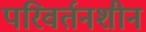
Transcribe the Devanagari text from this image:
परिवर्तनशीन